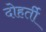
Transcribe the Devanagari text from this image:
दोहर्ती